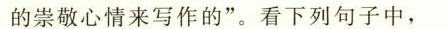
的崇敬心情来写作的”。看下列句子中，